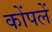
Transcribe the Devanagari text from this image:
कोंपलें